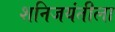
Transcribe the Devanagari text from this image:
शनिजयंतीला